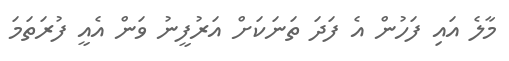
މާލެ އައި ފަހުން އެ ފަދަ ތަނަކަށް އަރުފީނު ވަން އެއީ ފުރަތަމަ